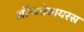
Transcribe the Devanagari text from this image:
ऑन्कोवायरस